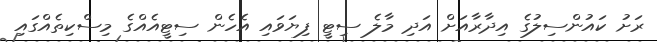
ރަށު ކައުންސިލުގެ އިދާރާއަށް އަދި މާލެ ސިޓީ ފިޔަވައި އެހެން ސިޓީއެއްގެ މިސްކިތެއްގައި